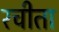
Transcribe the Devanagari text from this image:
रचीता